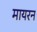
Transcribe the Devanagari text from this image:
मायरन